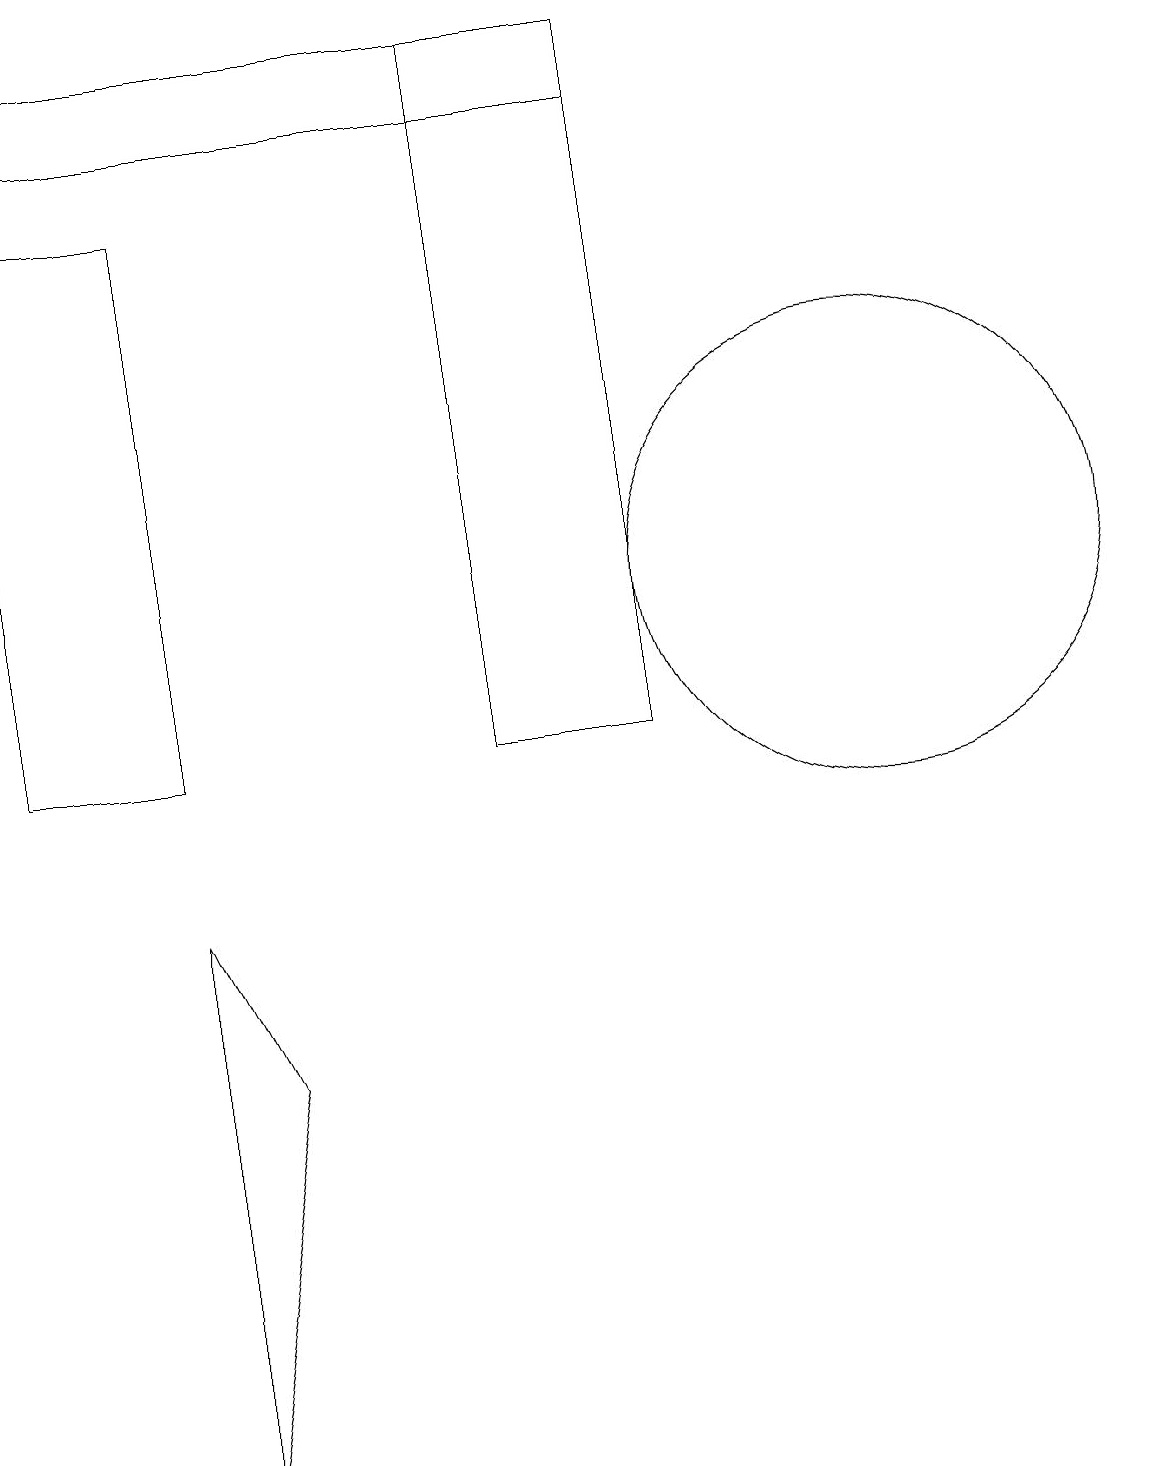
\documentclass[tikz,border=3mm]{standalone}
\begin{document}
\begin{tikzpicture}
\draw (6,19) rectangle (8,10);
\draw (0,18) rectangle (8,19);
\draw (2,8) -- (3,6) -- (2,1) -- cycle;
\draw (2,10) rectangle (0,17);
\draw (11,12) circle (3);
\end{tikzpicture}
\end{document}